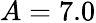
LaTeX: A=7.0